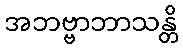
အဘဗ္ဗာဘာသန္တိ